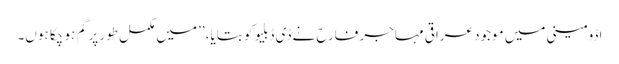
اڈومینی میں موجود عراقی مہاجر فارح نے ڈی ڈبلیو کو بتایا، ’’میں مکمل طور پر گم ہو چکا ہوں۔